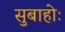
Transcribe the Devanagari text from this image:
सुबाहोः